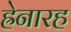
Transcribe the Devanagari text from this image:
ह्रेनारह